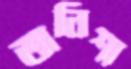
তানিশা